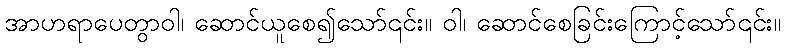
အာဟရာပေတွာဝါ၊ ဆောင်ယူစေ၍သော်၎င်း။ ဝါ၊ ဆောင်စေခြင်းကြောင့်သော်၎င်း။